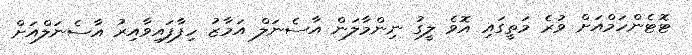
ޓޮޓެންހަމްއަށް ވުރެ މަތީގައި އޮވެ ލީގު ނިންމާލަން އާސެނަލް އަމާޒު ހިފާފައިވާއިރު އާސެނަލްއަށް